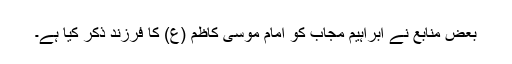
بعض منابع نے ابراہیم مجاب کو امام موسی کاظم (ع) کا فرزند ذکر کیا ہے۔